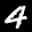
Label: 4